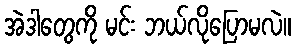
အဲဒါတွေကို မင်း ဘယ်လိုပြောမလဲ။